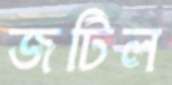
জটিল